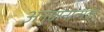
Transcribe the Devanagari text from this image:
अनुष्ठानात्मक